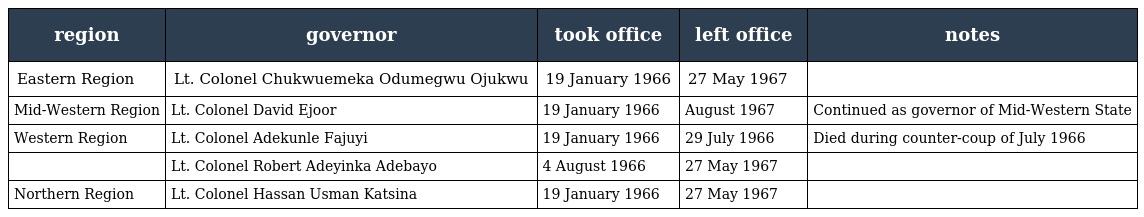
| region | governor | took office | left office | notes |
 | --- | --- | --- | --- | --- |
 | Eastern Region | Lt. Colonel Chukwuemeka Odumegwu Ojukwu | 19 January 1966 | 27 May 1967 |  |
 | Mid-Western Region | Lt. Colonel David Ejoor | 19 January 1966 | August 1967 | Continued as governor of Mid-Western State |
 | Western Region | Lt. Colonel Adekunle Fajuyi | 19 January 1966 | 29 July 1966 | Died during counter-coup of July 1966 |
 |  | Lt. Colonel Robert Adeyinka Adebayo | 4 August 1966 | 27 May 1967 |  |
 | Northern Region | Lt. Colonel Hassan Usman Katsina | 19 January 1966 | 27 May 1967 |  |